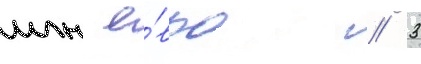
млн е́вро // 3